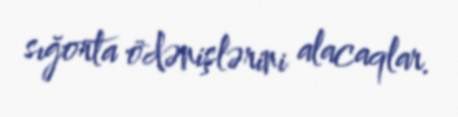
sığorta ödənişlərini alacaqlar.